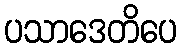
ပသာဒေတိပေ